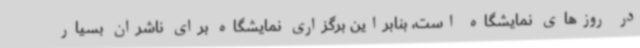
در روزهای نمایشگاه است، بنابراین برگزاری نمایشگاه برای ناشران بسیار